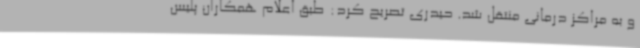
و به مراکز درمانی منتقل شد. حیدری تصریح کرد: طبق اعلام همکاران پلیس